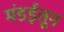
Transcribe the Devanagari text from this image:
मंडईतून